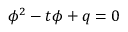
\phi ^ { 2 } - t \phi + q = 0